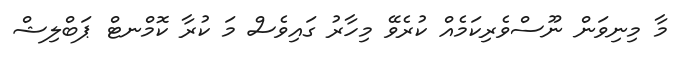
މާ މިނިވަން ނޫސްވެރިކަމެއް ކުރެވޭ މިހާރު ގައިވެސް މަ ކުރާ ކޮމްނޓް ޕަބްލިޝް